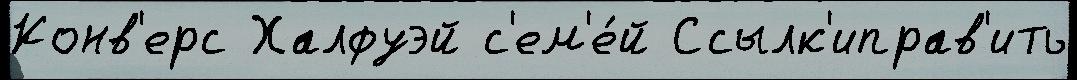
Конв'ерс Халфуэй с'ем'е́й Ссылк'иправ'ить